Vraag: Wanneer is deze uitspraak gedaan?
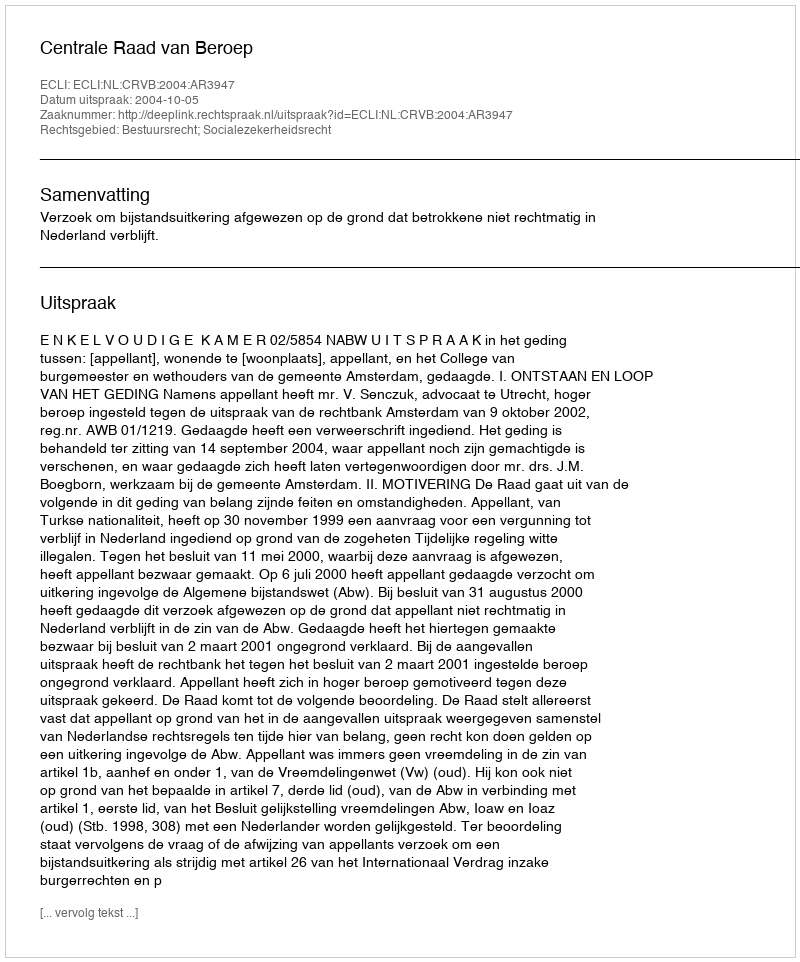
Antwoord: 2004-10-05